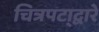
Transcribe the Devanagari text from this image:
चित्रपटा्द्वारे